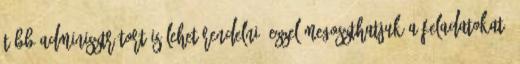
több adminisztrátort is lehet rendelni, ezzel megoszthatjuk a feladatokat.